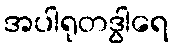
အပါရုတဒွါရေ